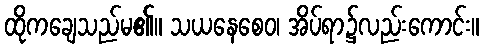
ထိုကချေသည်မ၏။ သယနေစေဝ၊ အိပ်ရာ၌လည်းကောင်း။